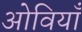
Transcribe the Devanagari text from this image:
ओवियाँ